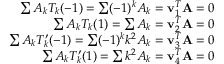
\begin{array} { r } { \sum A _ { k } T _ { k } ( - 1 ) = \sum ( - 1 ) ^ { k } A _ { k } = \mathbf { v } _ { 1 } ^ { T } \mathbf { A } = 0 } \\ { \sum A _ { k } T _ { k } ( 1 ) = \sum A _ { k } = \mathbf { v } _ { 2 } ^ { T } \mathbf { A } = 0 } \\ { \sum A _ { k } T _ { k } ^ { \prime } ( - 1 ) = \sum ( - 1 ) ^ { k } k ^ { 2 } A _ { k } = \mathbf { v } _ { 3 } ^ { T } \mathbf { A } = 0 } \\ { \sum A _ { k } T _ { k } ^ { \prime } ( 1 ) = \sum k ^ { 2 } A _ { k } = \mathbf { v } _ { 4 } ^ { T } \mathbf { A } = 0 } \end{array}